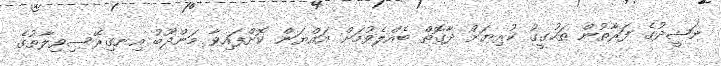
ނަޝީދުގެ ފަރާތުން ތަހުގީގު ކުރިޔަށް ދާގޮތް ބެއްލެވުމަށް އައްޔަން ކޮށްފައިވާ މަންދޫބު އިނގިރޭސިވިލާތުގެ